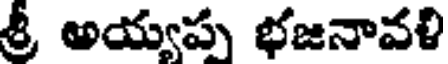
శ్రీ అయ్వపు భజనావళి